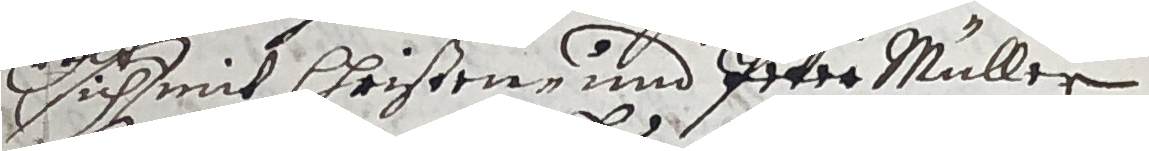
sichmit Christen und ppter Müller